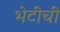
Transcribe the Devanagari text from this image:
भेटींची